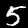
Label: 5